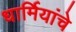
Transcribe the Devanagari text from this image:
धार्मियांचे